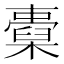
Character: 𣝐